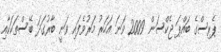
ޕެރިސްގެ ބައްޕަ ޖެކްސަން 2009 ވަނަ އަހަރު މަރުވެފައި ވަނީ ބާރުގަދަ ބޭސްތަކަކާއި